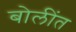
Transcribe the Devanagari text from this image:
बोलींत